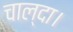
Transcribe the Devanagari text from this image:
चाल्दा।